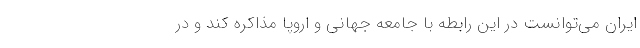
ایران می‌توانست در این رابطه با جامعه جهانی و اروپا مذاکره کند و در